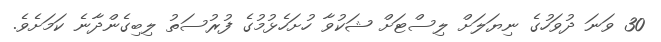
30 ވަނަ ދުވަހުގެ ނިޔަލަށް ލިސްޓަށް ޝަކުވާ ހުށަހެޅުމުގެ ފުރުސަތު ލިބިގެންދާނެ ކަމަށެވެ.